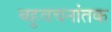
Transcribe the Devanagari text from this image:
बहुवचनांतक